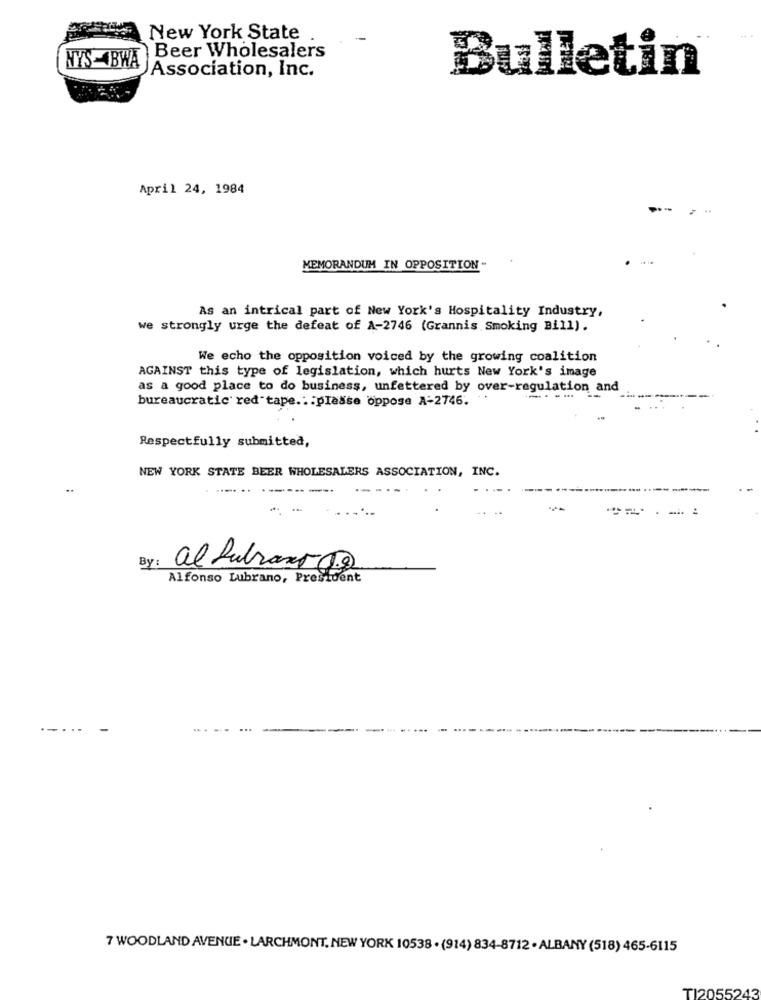
New York State .
NYS BWA
Beer Wholesalers
Association, Inc.
Bulletin®
April 24, 1984
MEMORANDUM IN OPPOSITION -
As an intrical part of New York's Hospitality Industry,
we strongly urge the defeat of A-2746 (Grannis Smoking Bill).
We echo the opposition voiced by the growing coalition
AGAINST this type of legislation, which hurts New York's image
as a good place to do business, unfettered by over-regulation and
bureaucratic red tape .: : please oppose A-2746.
-----
Respectfully submitted,
NEW YORK STATE BEER WHOLESALERS ASSOCIATION, INC.
. -
==.-.
By :
al lubrano go
Alfonso Lubrano, President
.-...
7 WOODLAND AVENUE . LARCHMONT. NEW YORK 10538 . (914) 834-8712 . ALBANY (518) 465-6115
TI2055243